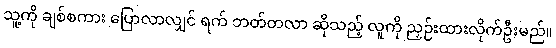
သူ့ကို ချစ်စကား ပြောလာလျှင် ရက် ဘတ်တလာ ဆိုသည့် လူကို ညှဉ်းထားလိုက်ဦးမည်။